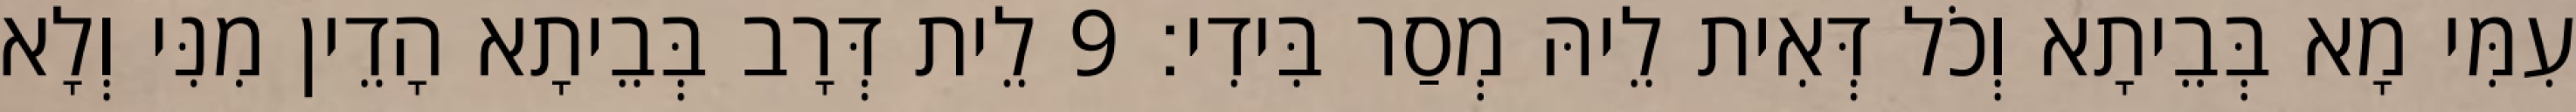
עִמִּי מָא בְּבֵיתָא וְכֹל דְּאִית לֵיהּ מְסַר בִּידִי׃ 9 לֵית דְּרָב בְּבֵיתָא הָדֵין מִנִּי וְלָא